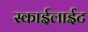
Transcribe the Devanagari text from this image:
स्काईलाईट